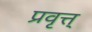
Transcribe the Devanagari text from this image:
प्रवृत्त्